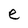
Character: e